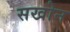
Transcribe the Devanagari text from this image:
सखोन